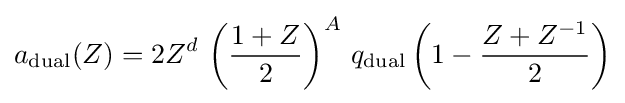
a_{\text{dual}}(Z)=2Z^{d}\,\left({\frac {1+Z}{2}}\right)^{A}\,q_{\text{dual}}\left(1-{\frac {Z+Z^{-1}}{2}}\right)